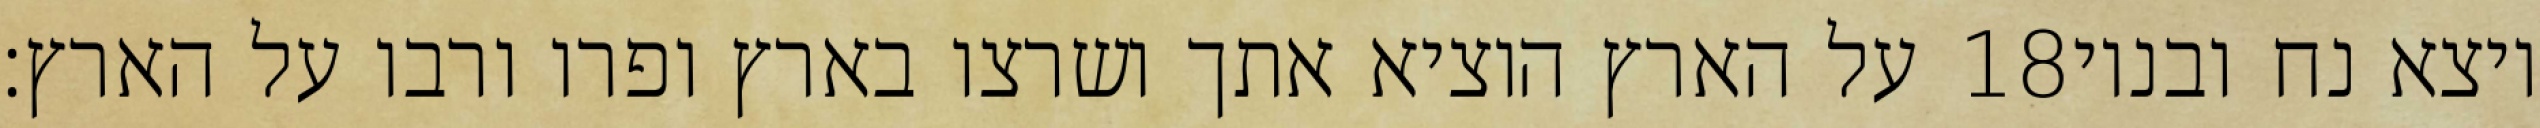
על הארץ הוציא אתך ושרצו בארץ ופרו ורבו על הארץ׃ ‎18‏ ויצא נח ובניו